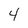
Character: 4